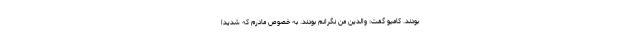
بودند. کامیو گفت: والدین من نگرانم بودند. به خصوص مادرم که شدیداً